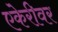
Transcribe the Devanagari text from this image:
एकेरीवर